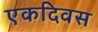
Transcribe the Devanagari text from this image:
एकदिवस